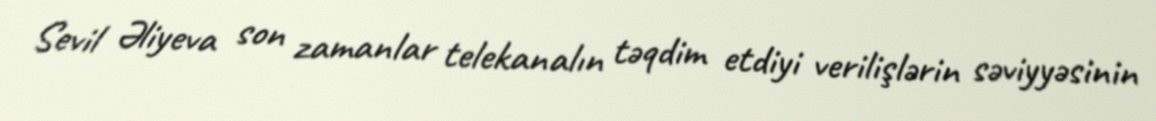
Sevil Əliyeva son zamanlar telekanalın təqdim etdiyi verilişlərin səviyyəsinin